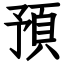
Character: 預